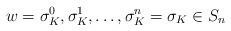
LaTeX: \begin{align*}w=\sigma^0_K, \sigma^1_K, \ldots , \sigma^n_K = \sigma_K \in S_n\end{align*}